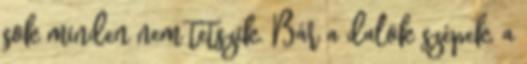
sok minden nem tetszik. Bár a dalok szépek, a